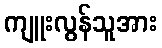
ကျူးလွန်သူအား